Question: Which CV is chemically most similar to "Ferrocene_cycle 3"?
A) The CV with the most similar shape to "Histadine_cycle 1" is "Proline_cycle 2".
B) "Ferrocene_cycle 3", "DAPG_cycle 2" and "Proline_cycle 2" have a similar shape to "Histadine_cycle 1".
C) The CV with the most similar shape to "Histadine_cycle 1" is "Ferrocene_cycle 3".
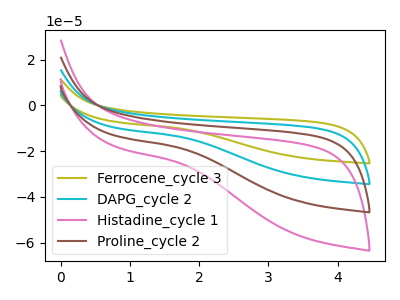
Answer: <think>The olive curve "Ferrocene_cycle 3" has no peaks. The cyan curve "DAPG_cycle 2" has no peaks. The pink curve "Histadine_cycle 1" has no peaks. The brown curve "Proline_cycle 2" has no peaks.
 Neither "Ferrocene_cycle 3" or "DAPG_cycle 2" have any peaks. Neither "Ferrocene_cycle 3" or "Histadine_cycle 1" have any peaks. Neither "Ferrocene_cycle 3" or "Proline_cycle 2" have any peaks. Neither "DAPG_cycle 2" or "Histadine_cycle 1" have any peaks. Neither "DAPG_cycle 2" or "Proline_cycle 2" have any peaks. Neither "Histadine_cycle 1" or "Proline_cycle 2" have any peaks.</think>
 <answer>B) "Ferrocene_cycle 3", "DAPG_cycle 2" and "Proline_cycle 2" have a similar shape to "Histadine_cycle 1".</answer>
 <eval>B</eval>